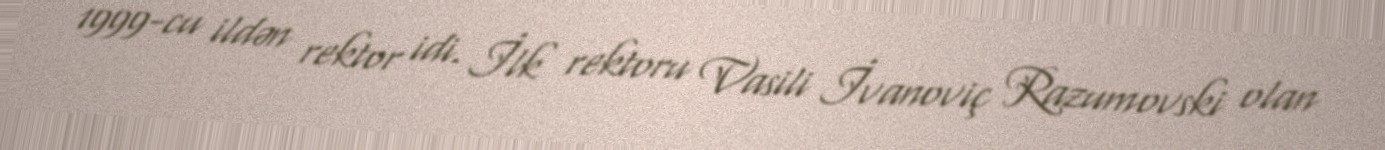
1999-cu ildən rektor idi. İlk rektoru Vasili İvanoviç Razumovski olan